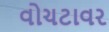
વોચટાવર